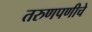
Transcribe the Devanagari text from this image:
तरुणपणीचे